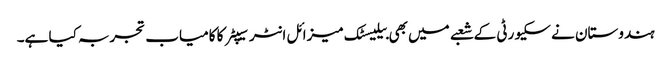
ہندوستان نے سکیورٹی کے شعبے میں بھی بیلیسٹک میزائل انٹرسیپٹر کا کامیاب تجربہ کیا ہے۔